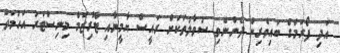
އަދި ފޯރަމްގެ ބައިވެރިން ދެންނެވި ސުވާލުތަކަށް ރައީސް ޔާމީނާއި ޓޫރިޒަމް މިނިސްޓަރު އަހުމަދު